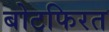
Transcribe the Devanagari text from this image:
बोटफिरत